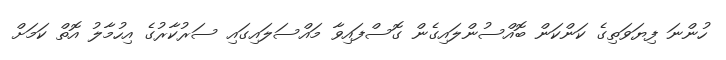
ހުންނަ ފިޔަވަތިގެ ކަންކަން ބޮއްސުންލައިގެން ގޮސްފައިވާ މައްސަލައިގައި ސަރުކާރުގެ އިހުމާލު އޮތް ކަމަށް